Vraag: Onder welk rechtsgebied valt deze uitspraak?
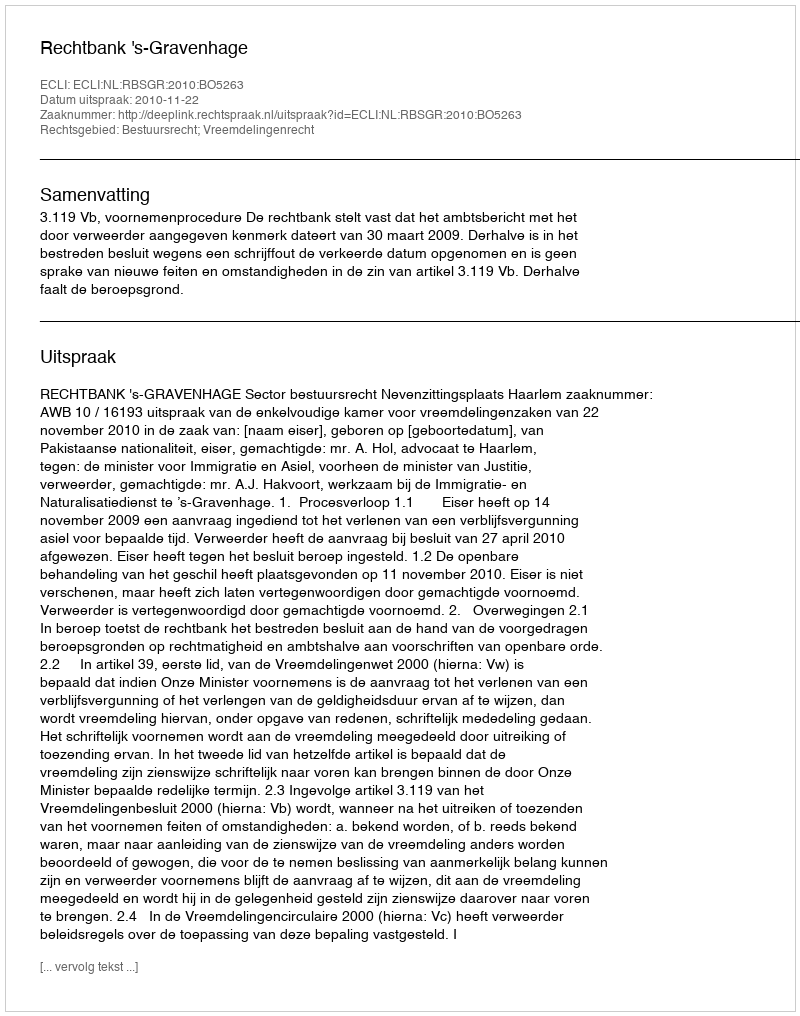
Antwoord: Bestuursrecht; Vreemdelingenrecht